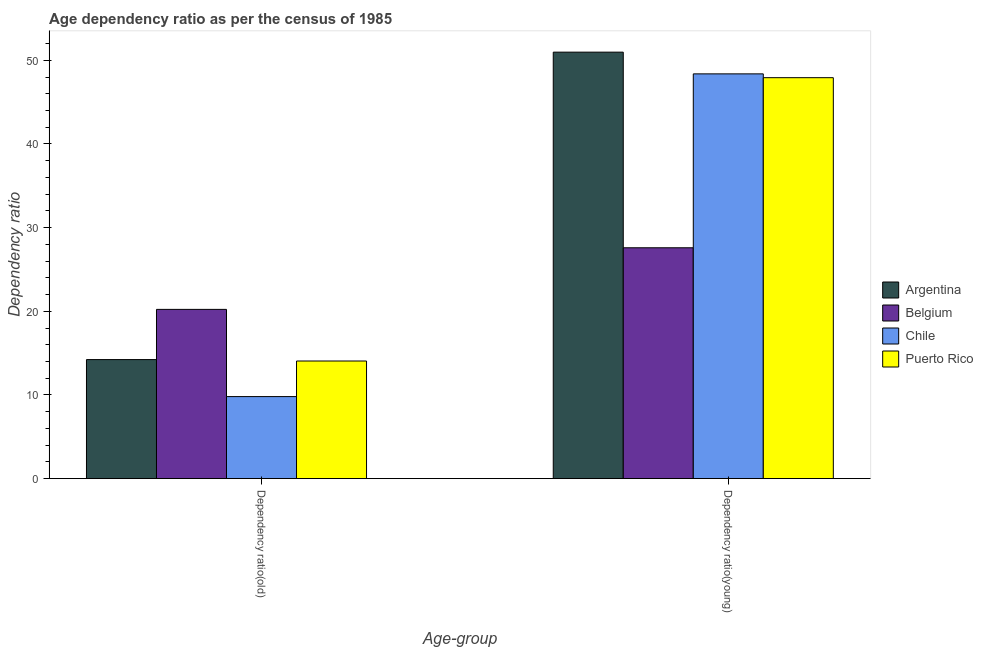
| Age-group | Argentina | Belgium | Chile | Puerto Rico |
 | --- | --- | --- | --- | --- |
 | Dependency ratio(old) | 14.2 | 20.2 | 9.8 | 14.1 |
 | Dependency ratio(young) | 51 | 27.6 | 48.4 | 47.9 |